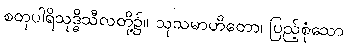
စတုပါရိသုဒ္ဓိသီလတို့၌။ သုသမာဟိတော၊ ပြည့်စုံသော